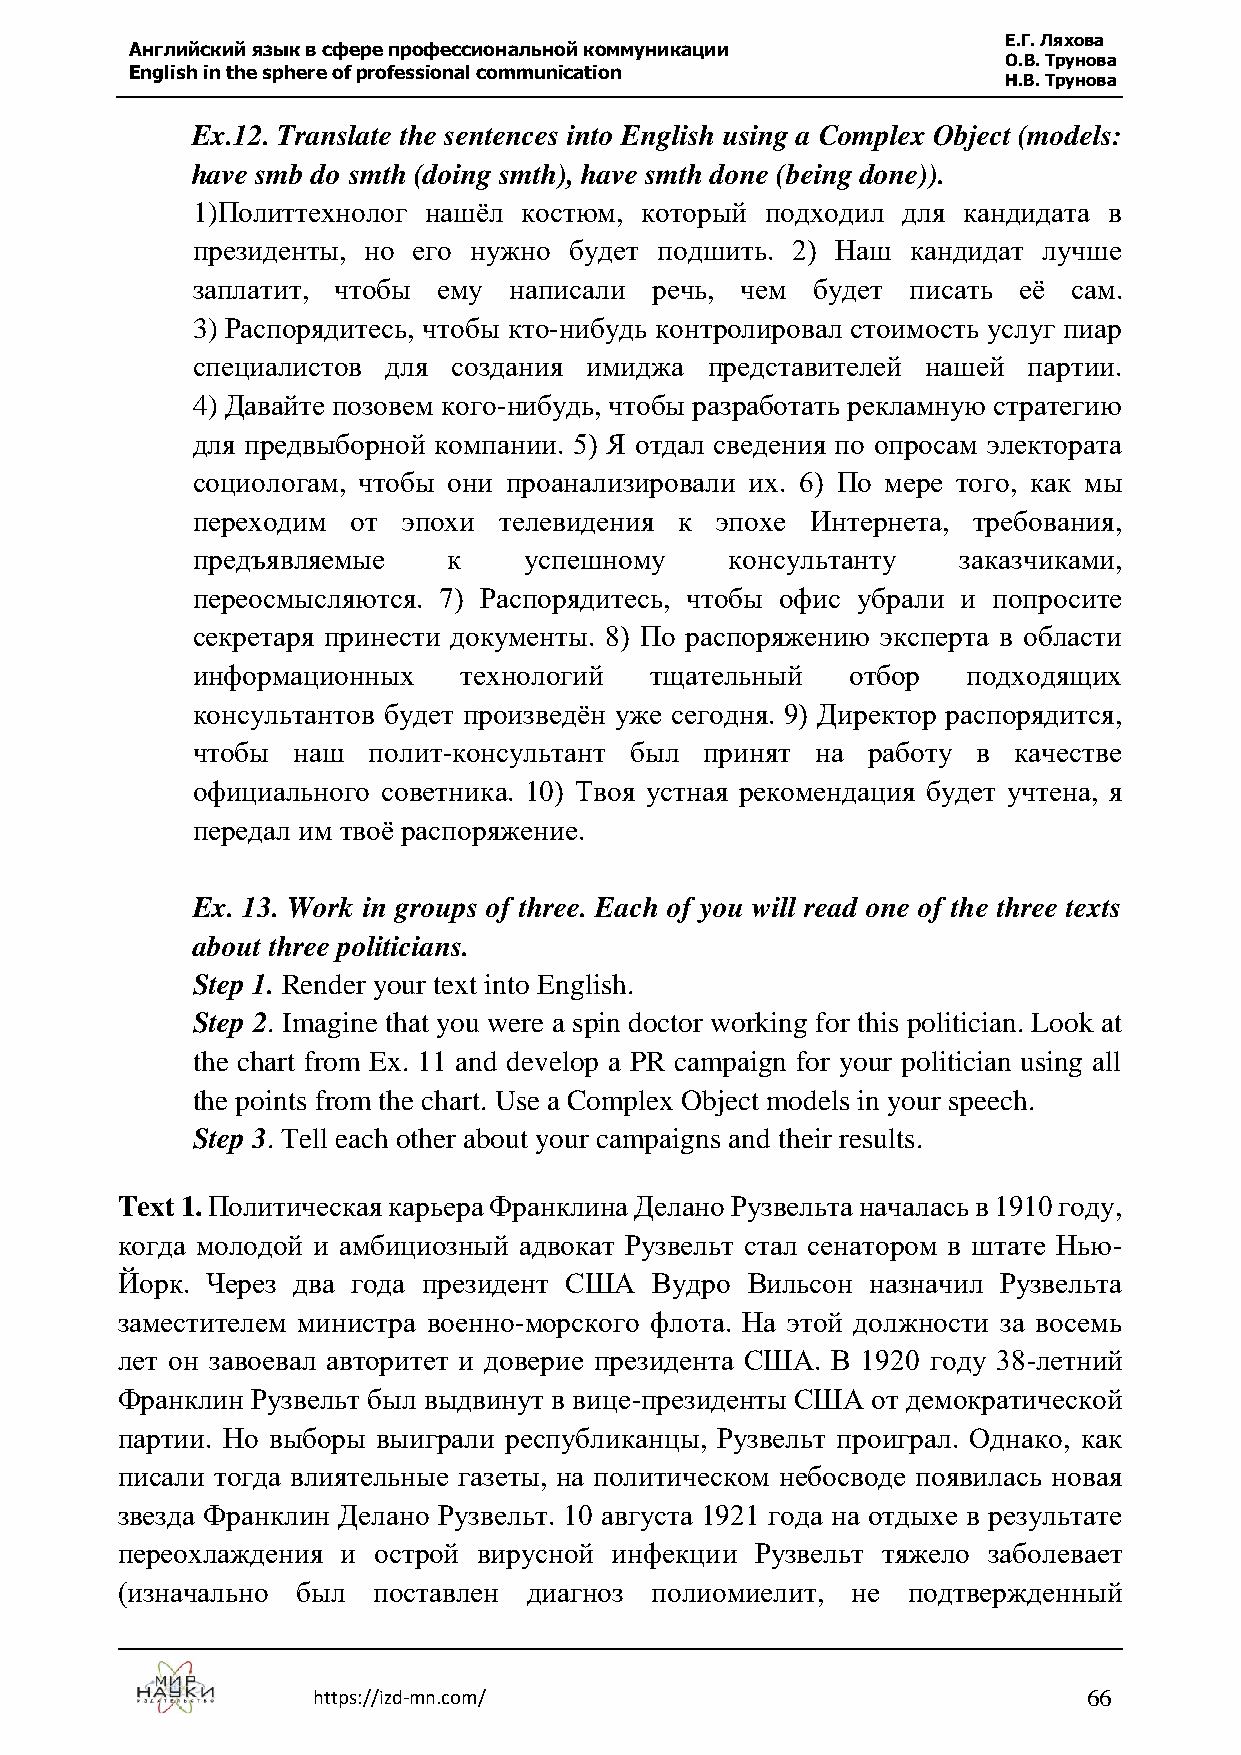
Е.Г. Ляхова
 Английский язык в сфере профессиональной коммуникации
 О.В. Трунова
 English in the sphere of professional communication
 Н.В. Трунова
 Ex.12. Translate the sentences into English using a Complex Object (models:
 have smb do smth (doing smth), have smth done (being done)).
 1)Политтехнолог нашёл костюм, который подходил для кандидата в
 президенты, но его нужно будет подшить. 2) Наш кандидат лучше
 заплатит, чтобы ему  написали речь, чем  будет писать её  сам.
 3) Распорядитесь, чтобы кто-нибудь контролировал стоимость услуг пиар
 специалистов для создания имиджа  представителей нашей партии.
 4) Давайте позовем кого-нибудь, чтобы разработать рекламную стратегию
 для предвыборной компании. 5) Я отдал сведения по опросам электората
 социологам, чтобы они проанализировали их. 6) По мере того, как мы
 переходим от  эпохи телевидения к эпохе  Интернета, требования,
 предъявляемые    к    успешному    консультанту    заказчиками,
 переосмысляются. 7) Распорядитесь, чтобы офис убрали и попросите
 секретаря принести документы. 8) По распоряжению эксперта в области
 информационных    технологий  тщательный   отбор   подходящих
 консультантов будет произведён уже сегодня. 9) Директор распорядится,
 чтобы наш  полит-консультант был  принят на работу  в качестве
 официального советника. 10) Твоя устная рекомендация будет учтена, я
 передал им твоё распоряжение.
 Ex. 13. Work in groups of three. Each of you will read one of the three texts
 about three politicians.
 Step 1. Render your text into English.
 Step 2. Imagine that you were a spin doctor working for this politician. Look at
 the chart from Ex. 11 and develop a PR campaign for your politician using all
 the points from the chart. Use a Complex Object models in your speech.
 Step 3. Tell each other about your campaigns and their results.
 Text 1. Политическая карьера Франклина Делано Рузвельта началась в 1910 году,
 когда молодой и амбициозный адвокат Рузвельт стал сенатором в штате Нью-
 Йорк. Через два года президент США Вудро Вильсон  назначил Рузвельта
 заместителем министра военно-морского флота. На этой должности за восемь
 лет он завоевал авторитет и доверие президента США. В 1920 году 38-летний
 Франклин Рузвельт был выдвинут в вице-президенты США от демократической
 партии. Но выборы выиграли республиканцы, Рузвельт проиграл. Однако, как
 писали тогда влиятельные газеты, на политическом небосводе появилась новая
 звезда Франклин Делано Рузвельт. 10 августа 1921 года на отдыхе в результате
 переохлаждения и острой вирусной инфекции Рузвельт тяжело заболевает
 (изначально был  поставлен диагноз полиомиелит, не  подтвержденный
 https://izd-mn.com/                                66